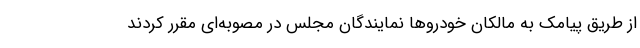
از طریق پیامک به مالکان خودروها نمایندگان مجلس در مصوبه‌ای مقرر کردند